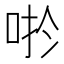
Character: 𱒬